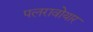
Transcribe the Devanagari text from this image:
पलरावोयार